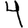
Digit: 4